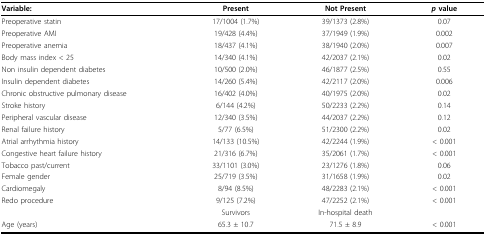
<table><thead><tr><td><b>Variable:</b></td><td><b>Present</b></td><td><b>Not Present</b></td><td><b><i>p </i>value</b></td></tr></thead><tbody><tr><td>Preoperative statin</td><td>17/1004 (1.7%)</td><td>39/1373 (2.8%)</td><td>0.07</td></tr><tr><td>Preoperative AMI</td><td>19/428 (4.4%)</td><td>37/1949 (1.9%)</td><td>0.002</td></tr><tr><td>Preoperative anemia</td><td>18/437 (4.1%)</td><td>38/1940 (2.0%)</td><td>0.007</td></tr><tr><td>Body mass index &lt; 25</td><td>14/340 (4.1%)</td><td>42/2037 (2.1%)</td><td>0.02</td></tr><tr><td>Non insulin dependent diabetes</td><td>10/500 (2.0%)</td><td>46/1877 (2.5%)</td><td>0.55</td></tr><tr><td>Insulin dependent diabetes</td><td>14/260 (5.4%)</td><td>42/2117 (2.0%)</td><td>0.006</td></tr><tr><td>Chronic obstructive pulmonary disease</td><td>16/402 (4.0%)</td><td>40/1975 (2.0%)</td><td>0.02</td></tr><tr><td>Stroke history</td><td>6/144 (4.2%)</td><td>50/2233 (2.2%)</td><td>0.14</td></tr><tr><td>Peripheral vascular disease</td><td>12/340 (3.5%)</td><td>44/2037 (2.2%)</td><td>0.12</td></tr><tr><td>Renal failure history</td><td>5/77 (6.5%)</td><td>51/2300 (2.2%)</td><td>0.02</td></tr><tr><td>Atrial arrhythmia history</td><td>14/133 (10.5%)</td><td>42/2244 (1.9%)</td><td>&lt; 0.001</td></tr><tr><td>Congestive heart failure history</td><td>21/316 (6.7%)</td><td>35/2061 (1.7%)</td><td>&lt; 0.001</td></tr><tr><td>Tobacco past/current</td><td>33/1101 (3.0%)</td><td>23/1276 (1.8%)</td><td>0.06</td></tr><tr><td>Female gender</td><td>25/719 (3.5%)</td><td>31/1658 (1.9%)</td><td>0.02</td></tr><tr><td>Cardiomegaly</td><td>8/94 (8.5%)</td><td>48/2283 (2.1%)</td><td>&lt; 0.001</td></tr><tr><td>Redo procedure</td><td>9/125 (7.2%)</td><td>47/2252 (2.1%)</td><td>&lt; 0.001</td></tr><tr><td></td><td>Survivors</td><td>In-hospital death</td><td></td></tr><tr><td>Age (years)</td><td>65.3 ± 10.7</td><td>71.5 ± 8.9</td><td>&lt; 0.001</td></tr></tbody></table>